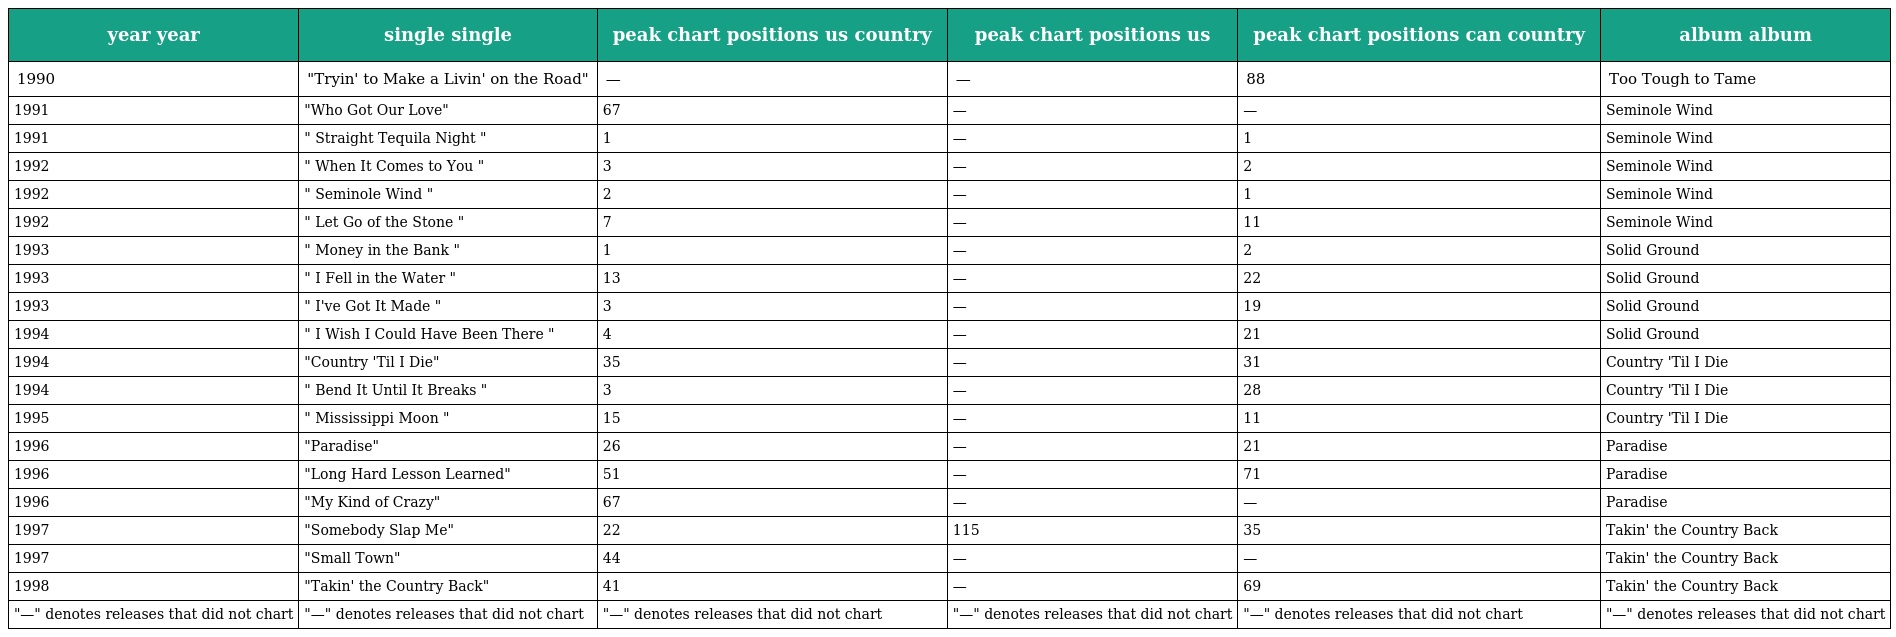
| year year | single single | peak chart positions us country | peak chart positions us | peak chart positions can country | album album |
 | --- | --- | --- | --- | --- | --- |
 | 1990 | "Tryin' to Make a Livin' on the Road" | — | — | 88 | Too Tough to Tame |
 | 1991 | "Who Got Our Love" | 67 | — | — | Seminole Wind |
 | 1991 | " Straight Tequila Night " | 1 | — | 1 | Seminole Wind |
 | 1992 | " When It Comes to You " | 3 | — | 2 | Seminole Wind |
 | 1992 | " Seminole Wind " | 2 | — | 1 | Seminole Wind |
 | 1992 | " Let Go of the Stone " | 7 | — | 11 | Seminole Wind |
 | 1993 | " Money in the Bank " | 1 | — | 2 | Solid Ground |
 | 1993 | " I Fell in the Water " | 13 | — | 22 | Solid Ground |
 | 1993 | " I've Got It Made " | 3 | — | 19 | Solid Ground |
 | 1994 | " I Wish I Could Have Been There " | 4 | — | 21 | Solid Ground |
 | 1994 | "Country 'Til I Die" | 35 | — | 31 | Country 'Til I Die |
 | 1994 | " Bend It Until It Breaks " | 3 | — | 28 | Country 'Til I Die |
 | 1995 | " Mississippi Moon " | 15 | — | 11 | Country 'Til I Die |
 | 1996 | "Paradise" | 26 | — | 21 | Paradise |
 | 1996 | "Long Hard Lesson Learned" | 51 | — | 71 | Paradise |
 | 1996 | "My Kind of Crazy" | 67 | — | — | Paradise |
 | 1997 | "Somebody Slap Me" | 22 | 115 | 35 | Takin' the Country Back |
 | 1997 | "Small Town" | 44 | — | — | Takin' the Country Back |
 | 1998 | "Takin' the Country Back" | 41 | — | 69 | Takin' the Country Back |
 | "—" denotes releases that did not chart | "—" denotes releases that did not chart | "—" denotes releases that did not chart | "—" denotes releases that did not chart | "—" denotes releases that did not chart | "—" denotes releases that did not chart |